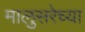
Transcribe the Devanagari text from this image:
मालुसरेच्या